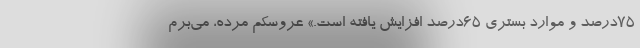
۷۵درصد و موارد بستری ۶۵درصد افزایش یافته است.» عروسکم مُرده، می‌برم